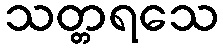
သတ္တရသေ